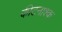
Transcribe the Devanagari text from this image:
कीटनाश्क